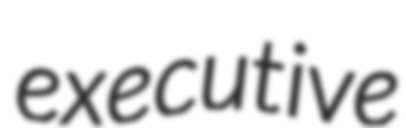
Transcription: executive